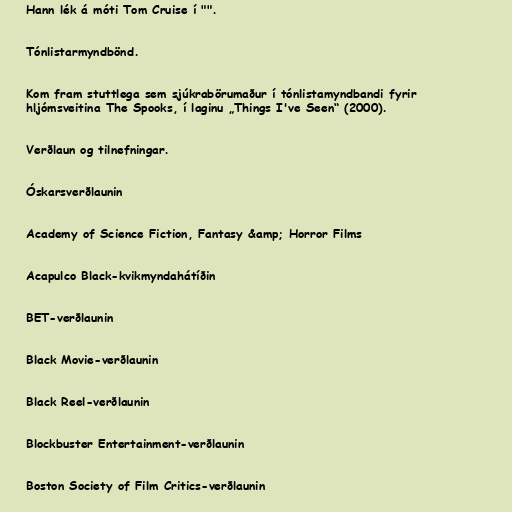
Hann lék á móti Tom Cruise í "".

Tónlistarmyndbönd.

Kom fram stuttlega sem sjúkrabörumaður í tónlistamyndbandi fyrir
hljómsveitina The Spooks, í laginu „Things I've Seen“ (2000).

Verðlaun og tilnefningar.

Óskarsverðlaunin

Academy of Science Fiction, Fantasy &amp; Horror Films

Acapulco Black-kvikmyndahátíðin

BET-verðlaunin

Black Movie-verðlaunin

Black Reel-verðlaunin

Blockbuster Entertainment-verðlaunin

Boston Society of Film Critics-verðlaunin